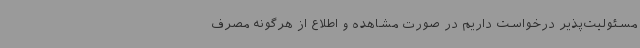
مسئولیت‌پذیر درخواست داریم در صورت مشاهده‌ و اطلاع از هرگونه مصرف